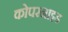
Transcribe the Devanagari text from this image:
कोपरनाइड